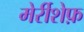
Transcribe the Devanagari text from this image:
मेर्रीशेफ़